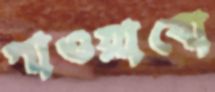
পাওয়াবো